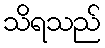
သိရသည်